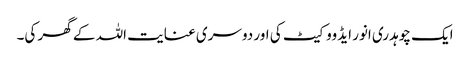
ایک چوہدری انور ایڈووکیٹ کی اور دوسری عنایت اللہ کے گھر کی۔